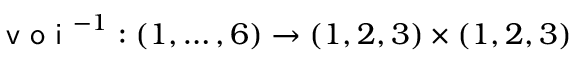
\textsf { v o i } ^ { - 1 } : ( 1 , \ldots , 6 ) \to ( 1 , 2 , 3 ) \times ( 1 , 2 , 3 )